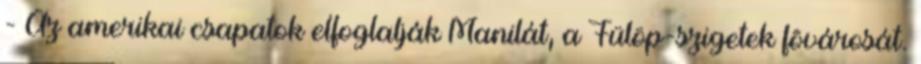
- Az amerikai csapatok elfoglalják Manilát, a Fülöp-szigetek fõvárosát.